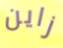
زاين